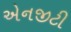
એનજીટી